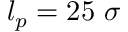
l _ { p } = 2 5 ~ \sigma